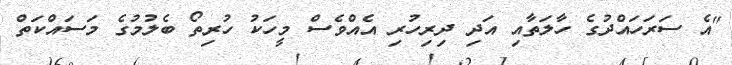
"އެ ސަރަހައްދުގެ ހާލަތާއި އަދި ދިރިހުރި އެއްވެސް މީހަކު ހުރިތޯ ބެލުމުގެ މަސައްކަތް